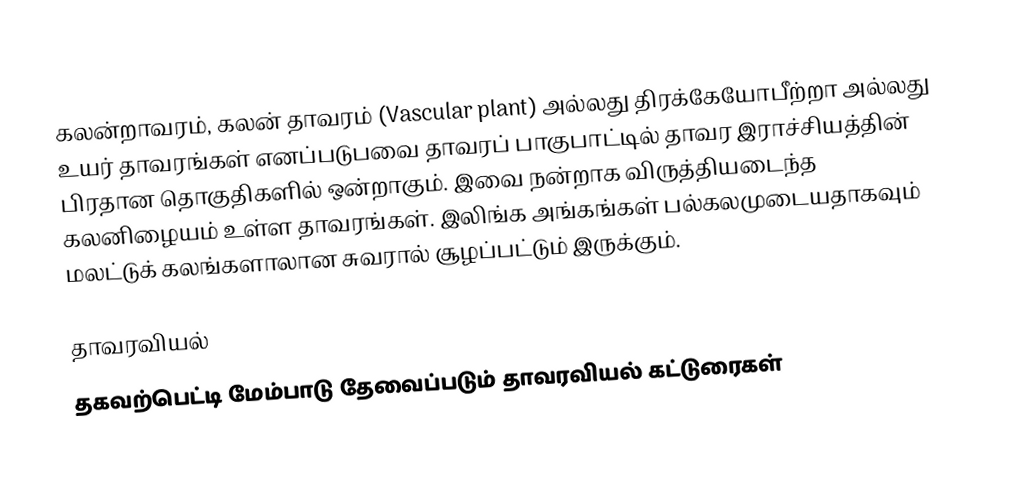
கலன்றாவரம், கலன் தாவரம் (Vascular plant) அல்லது திரக்கேயோபீற்றா அல்லது உயர் தாவரங்கள் எனப்படுபவை தாவரப் பாகுபாட்டில் தாவர இராச்சியத்தின் பிரதான தொகுதிகளில் ஒன்றாகும். இவை நன்றாக விருத்தியடைந்த கலனிழையம் உள்ள தாவரங்கள். இலிங்க அங்கங்கள் பல்கலமுடையதாகவும் மலட்டுக் கலங்களாலான சுவரால் சூழப்பட்டும் இருக்கும்.

தாவரவியல்
தகவற்பெட்டி மேம்பாடு தேவைப்படும் தாவரவியல் கட்டுரைகள்